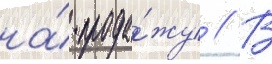
на́ прода́жу // В